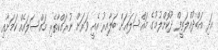
އަދި އަބްދުއްލަތީފް ދޫކޮށްލުމުގެ މައްސަލައަށް ބަލާއިރު އެއީ ވަރަށް ނުރައްކާތެރި މައްސަލައެއް ކަމަށާއި